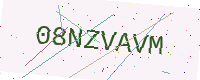
Text: 08NZVAVM